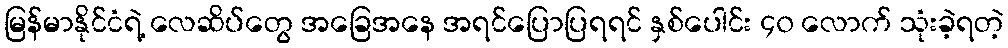
မြန်မာနိုင်ငံရဲ့ လေဆိပ်တွေ အခြေအနေ အရင်ပြောပြရရင် နှစ်ပေါင်း ၄၀ လောက် သုံးခဲ့ရတဲ့